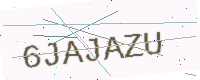
Text: 6JAJAZU